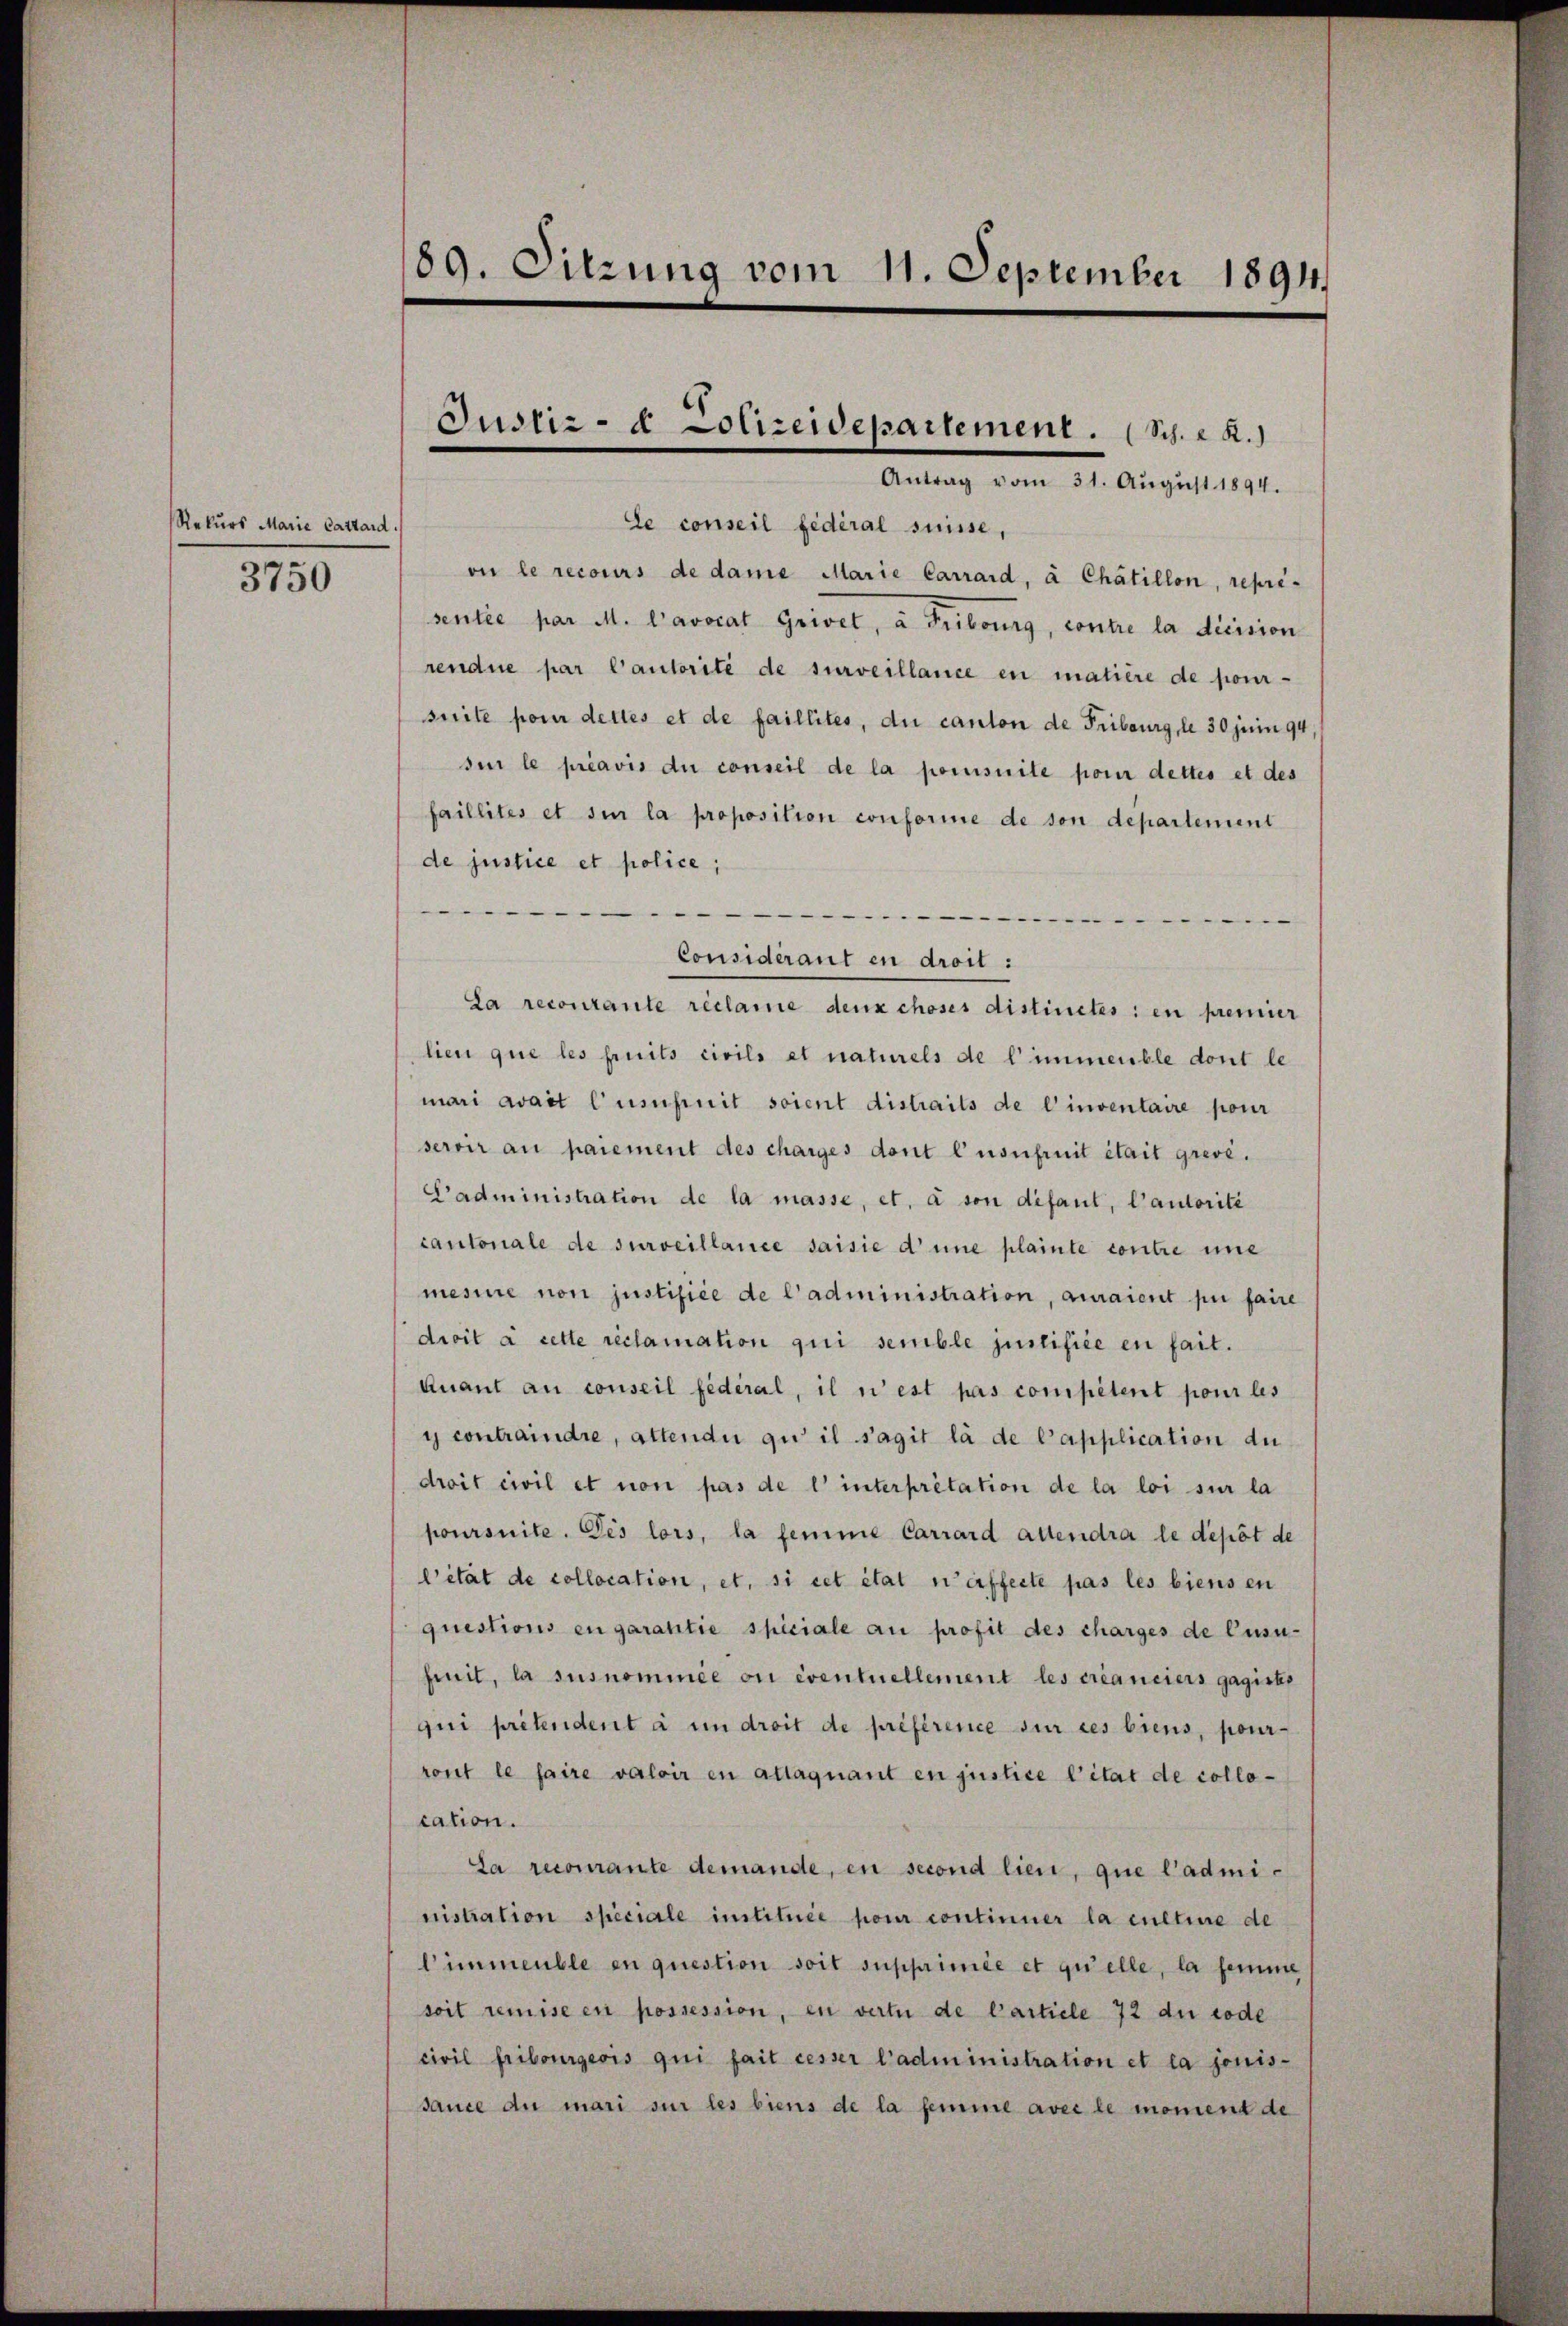
Rekurs Marie Cattard.

3750

89. Sitzung vom 11. September 1891

Ce conseil fédéral suisse,
on le recours de dame Marie Carrard, à Chátillon, repri-
sentée par M. L’avocat Grivet, à Fribourg, contre la dicision
rendue par Cautorité de surveillance en matière de pour-
suite pour dettes et de faillites, du canton de Fribourg, le 30 jur 94.
si le préavis du conseil de la pomsuite pour dettes et des
faillités et si la proposition conforme de son departement
de justice et police;
.

Considérant en droit :
La recourante réclame deux choses distinetes : en premier
lien que les fruits civils et naturels de l’immeuble dont le
mari avait l’usufruit soient distraits de l’inventaire pour
servir au paiement des charges dont l’usufruit était grevé.
Cadministration de la masse, et, à son défaut, l’autorité
cantonale de surveillance saisie d’une plainte contre imme
mesine non justifice de l’administration, auraient pu faire
droit à cette reclamation qui semble justifiée en fait.
Quant au conseil fédéral, il n’est pas competent pour les
y contraindre, attendii zu il s’agit la de Capplication du
droit civil et non pas de l’ interpretation de la loi sur la
poursuite. Des lors, la femme Carrard altendra le depot de
lität de collocation, et, si cet état werffecte pas les biens en
questions en garantie spiciale au profit des charges de Cusu-
finit, la sus nominee on eventuellement les créanciers gagiste
qui pretendent à un dreit de préférence sur ces biens, pour-
ront le faire valoir en attaquant en justice Citat de collocation.
La recourante demande, en second lieu, que l’administration speciale intituée pour continner la cultire de
l’immeuble en question soit supprimée et quelle, la femme
soit remise en possession, en vertu de Carticle 72 du code
civil fribourgeois qui fait cesser l’administration et la jouis-
sauce du mari sur les biens de la femme avec le moment de

Justiz- & Polizeidepartement. (Sch. R.)
Antrag vom 31. Aŭgŭst 1894.